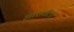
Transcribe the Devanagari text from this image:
भारावलो